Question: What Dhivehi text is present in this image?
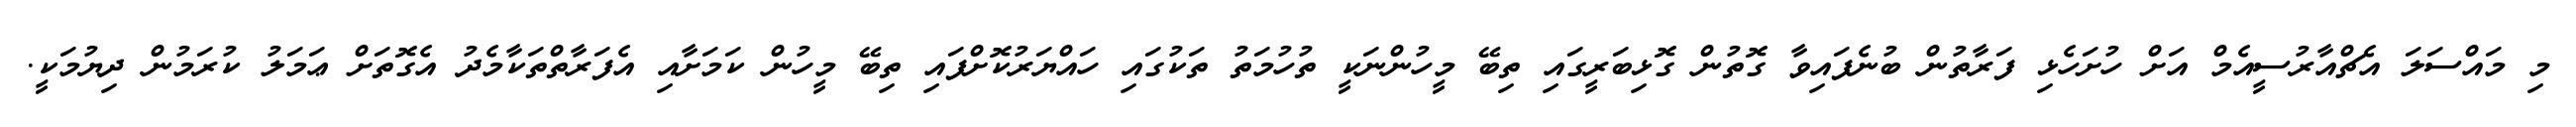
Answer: މި މައްސަލަ އެޗްއާރުސީއެމް އަށް ހުށަހެޅި ފަރާތުން ބުނެފައިވާ ގޮތުން ގޮޅިބަރީގައި ތިބޭ މީހުންނަކީ ތުހުމަތު ތަކުގައި ހައްޔަރުކޮށްފައި ތިބޭ މީހުން ކަމަށާއި އެފަރާތްތަކާމެދު އެގޮތަށް ޢަމަލު ކުރަމުން ދިޔުމަކީ.